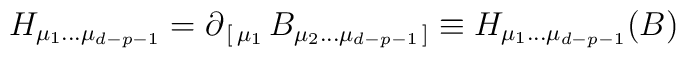
H_{\mu_1\dots\mu_{d-p-1}}=\partial_{\,[\,\mu_1}\, B_{\mu_2\dots\mu_{d-p-1}\,]}\equiv H_{\mu_1\dots\mu_{d-p-1}}(B)